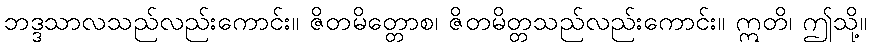
ဘဒ္ဒသာလသည်လည်းကောင်း။ ဇိတမိတ္တောစ၊ ဇိတမိတ္တသည်လည်းကောင်း။ ဣတိ၊ ဤသို့။